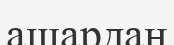
ашардан